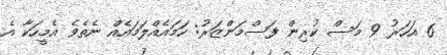
6 އަހަރު 9 މަސް ކުރިން ފަސްމަންޒަރު: ހަމައެއްލަމައެއް ނެތެވެ އެމީހަކާ އެ